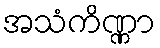
အသံကိဏ္ဏာ